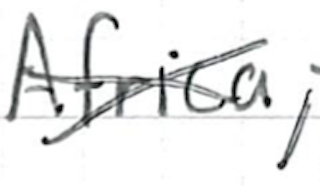
Text: Africa,
Cross-out: cross
Writing tool: ballpoint